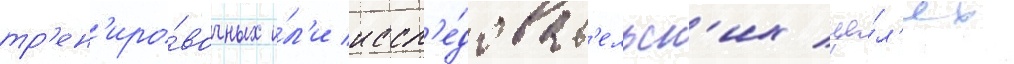
тр'ен'иро́вочных и́л'и иссл'е́доват'ельск'их це́л'ях